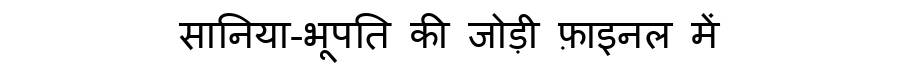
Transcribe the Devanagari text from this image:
सानिया-भूपति की जोड़ी फ़ाइनल में